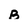
Character: B